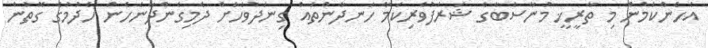
އެހެންކަމުން މި ތާރީޚީ މުނާސަބާގެ ޝަރަފުވެރިކަމާ ހަނދާންތައް ގިނަދުވަހަށް ދެމިގެންދާނެހެން ހެދުމުގެ ގޮތުން